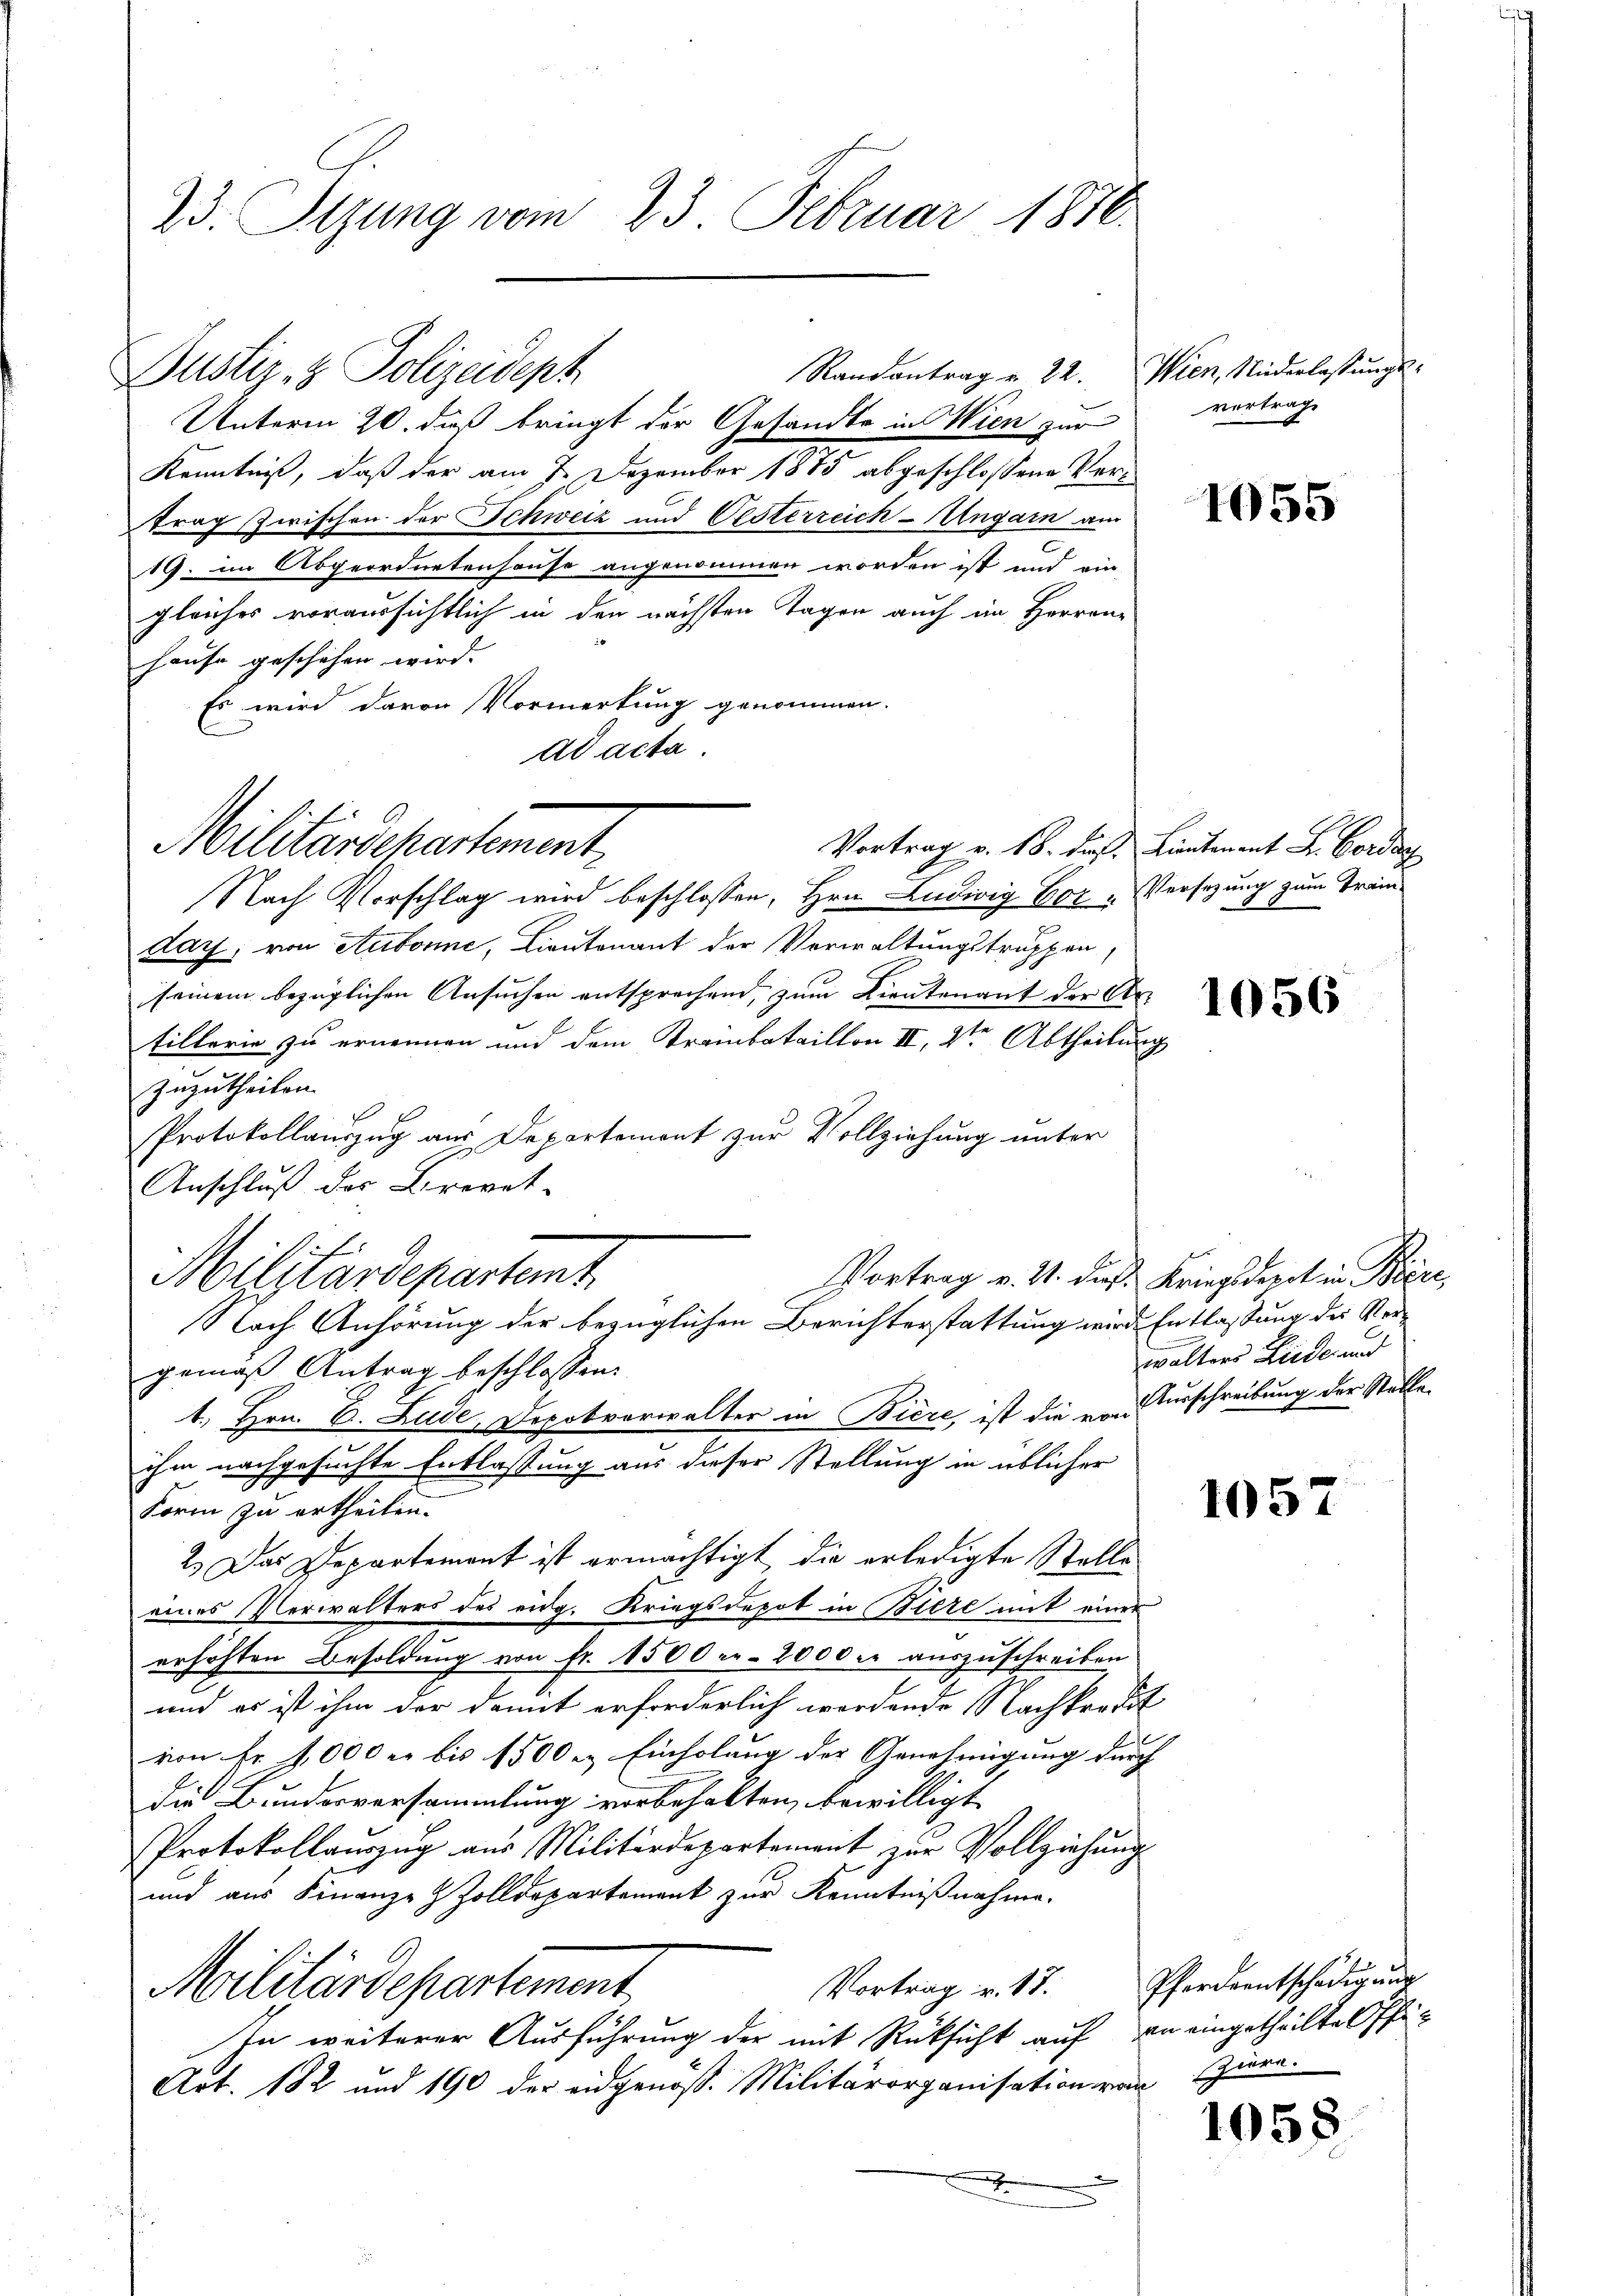
23. Sizung vom 23. Februar 1876.

Justiz- & Polizeident
Unterm 20. daß bringt der Gesandte in Wien zur
Kenntniß, daß der am 7. Dezember 1885 abgeschlossene Vortrag zwischen der Schweiz und Oesterreich-Ungarn am
19. im Abgeordnetenhause angenommen worden ist und ein-
gleiches voraussichtlich in den nächsten Tagen auch im Herren
hause geschehen wird.
Es wird davon Vormerkung genommen.
ad acta.
Vortrag v. 18. darf. Lieutenant Dr. Border
Nach Vorschlag wird beschlossen, Hrn. Ludwig Er „Versezung zum Tramdaz, von Aubonne, Lieutenant der Verwaltungstruppen
seinem bezüglichen Ansuchen entsprechend, zum Lieutenant der Artillerie zu ernennen und dem Krambataillon III, 2ten Abtheilung
zuzutheilen.
Protokollauszug aus Departement zur Vollziehung unter
Anschluß der Brevet-
E
Vortrag v. M. dieß Kriegsbreit in Biere,
Militärdepartemt
Nach Anhörung der bezüglichen Berichterstattung wird. Entlassung der Vergemäß Antrag beschlossen:
1. Hrn. E. Lude, Depotvorwalter in Biere, ist die von Burschreibung der Ställeihm nachgesuchte Entlassung aus dieser Stellung in üblicher
Form zu ertheilen.
2.) Das Departement ist ermächtigt, die erledigte Stelle
eines Verwalters des eidg. Kriegsdepot in Biere mit einer
erhöhten Besoldung von fr. 1500 r. 2000 er auszuschreiben
und es ist ihm der damit erforderlich wordende Nachkraftt
von Fr. 1000 er bis 1500 l. Einholung der Genehmigung durch |
die Bundesversammlung vorbehalten, bewilligt
Protokollauszug aus Militärdepartement zur Vollziehung
und aus Finanze Zolldepartement zur Kenntnißnahme.
Vortrag v. 17.
Militärdepartement
In weiterer Ausführung der mit Rücksicht auf an eingetheilte Offi¬
Art. 182 und 190 der eidgenöß. Militärorganisation von

Militärdehartement

Randantrag u. 22. Wien, Niederlassungs-

vertrage

1055

1056

walters Liede, und

1057

Pferdentschädigung
ziere.

1058